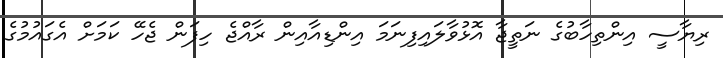
ރިޔާސީ އިންތިހާބުގެ ނަތީޖާ އޮޅުވާލައިފިނަމަ އިންޑިއާއިން ރާއްޖެ ހިފަން ޖެހޭ ކަމަށް އެގައުމުގެ